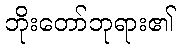
ဘိုးတော်ဘုရား၏